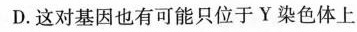
D.这对基因也有可能只位于Y染色体上